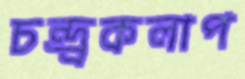
চন্দ্র্রকলাপ